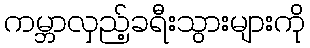
ကမ္ဘာလှည့်ခရီးသွားများကို